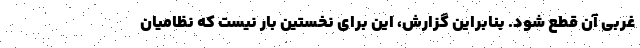
غربی آن قطع شود. بنابراین گزارش، این برای نخستین بار نیست که نظامیان